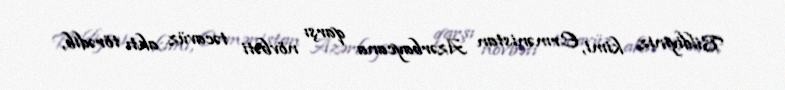
Bildiyiniz kimi, Ermənistan Azərbaycana qarşı növbəti təcavüz aktı törədib,